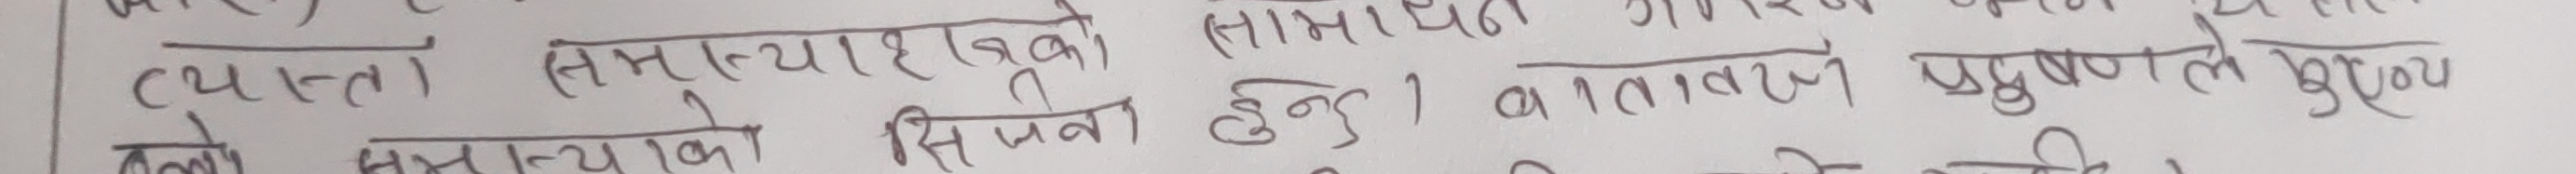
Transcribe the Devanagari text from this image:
व्यस्त समस्याहरुको सिर्जना हुन्छ । वातावरण प्रदूषणले मुख्य